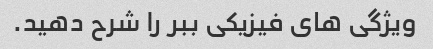
ویژگی های فیزیکی ببر را شرح دهید.